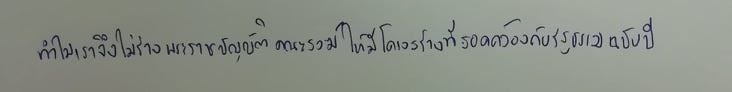
ทำไมเราจึงไม่ร่างพระราชบัญญัติคณะสงฆ์ให้มีโครงสร้างที่สอดคล้องกับรัฐธรรมนูญฉบับปี